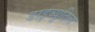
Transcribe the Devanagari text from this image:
डाइब्युटिल